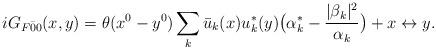
LaTeX: \begin{align*}iG_{F\bar{0}{0}} (x,y) = \theta(x^0-y^0) \sum_k \bar{u}_k (x) u_k ^* (y) \bigl( \alpha_k ^* - \frac{ |\beta_k| ^2}{\alpha_k} \bigr) +x\leftrightarrow y.\end{align*}